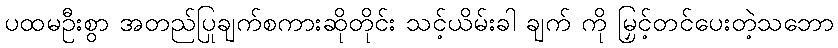
ပထမဦးစွာ အတည်ပြုချက်စကားဆိုတိုင်း သင့်ယိမ်းခါ ချက် ကို မြှင့်တင်ပေးတဲ့သဘော